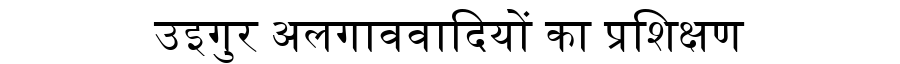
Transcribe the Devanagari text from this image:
उइगुर अलगाववादियों का प्रशिक्षण